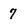
Character: 7